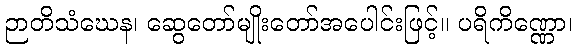
ဉာတိသံဃေန၊ ဆွေတော်မျိုးတော်အပေါင်းဖြင့်။ ပရိကိဏ္ဏော၊